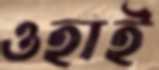
ওহাই